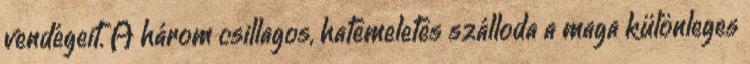
vendégeit. A három csillagos, hatemeletes szálloda a maga különleges